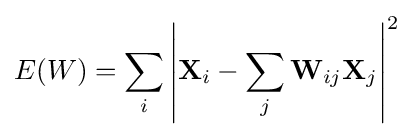
E(W)=\sum _{i}\left|\mathbf {X} _{i}-\sum _{j}{\mathbf {W} _{ij}\mathbf {X} _{j}}\right|^{2}